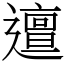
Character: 邅